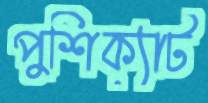
পুশিক্যাট